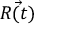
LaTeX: \vec { R ( t ) }